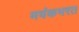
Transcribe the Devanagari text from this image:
मयंकभरत